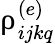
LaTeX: \uprho_{ijkq}^{(e)}